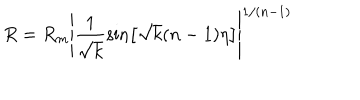
LaTeX: R = R _ { m } \left| \frac 1 { \sqrt { k } } \sin \left[ \sqrt { k } ( n - 1 ) \eta \right] \right| ^ { 1 / ( n - 1 ) }